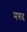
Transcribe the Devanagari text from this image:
मरुद